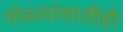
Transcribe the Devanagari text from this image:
पोळ्यांसाठीही